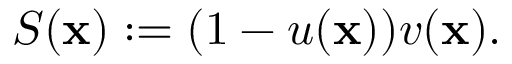
S ( \mathbf x ) : = ( 1 - u ( \mathbf x ) ) v ( \mathbf x ) .